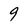
Character: 9